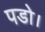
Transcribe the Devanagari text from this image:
पडो।